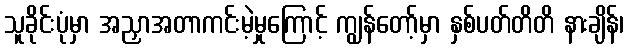
သူခိုင်းပုံမှာ အညှာအတာကင်းမဲ့မှုကြောင့် ကျွန်တော့်မှာ နှစ်ပတ်တိတိ နားချိန်၊